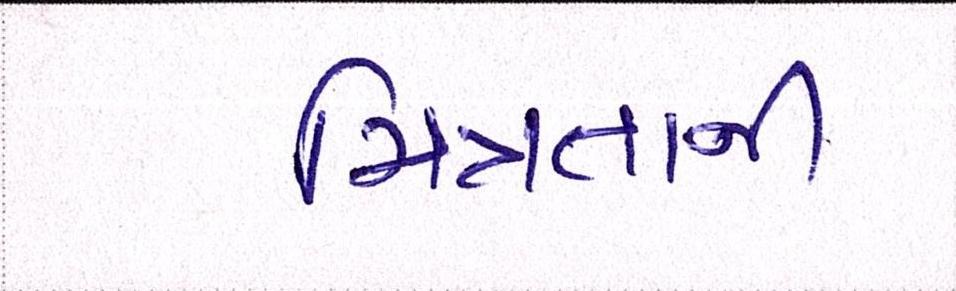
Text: મિત્રતાની